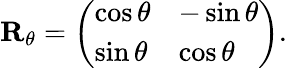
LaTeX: \mathbf{R}_{\theta}={\left(\begin{array}{ll}{\cos\theta}&{-\sin\theta}\\ {\sin\theta}&{\cos\theta}\end{array}\right)}.